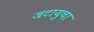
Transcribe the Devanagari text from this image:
जटायुचा